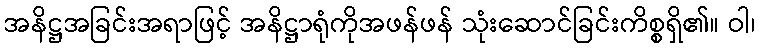
အနိဋ္ဌအခြင်းအရာဖြင့် အနိဋ္ဌာရုံကိုအဖန်ဖန် သုံးဆောင်ခြင်းကိစ္စရှိ၏။ ဝါ၊